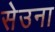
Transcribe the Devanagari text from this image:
सेउना